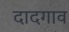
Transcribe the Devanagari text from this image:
दादगाव